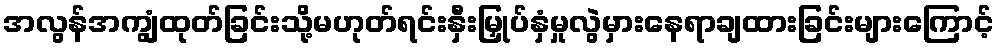
အလွန်အကျွံထုတ်ခြင်းသို့မဟုတ်ရင်းနှီးမြှုပ်နှံမှုလွဲမှားနေရာချထားခြင်းများကြောင့်